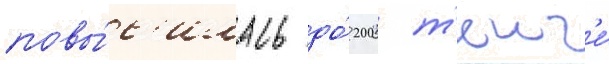
повы́с'илась до́ 200 т'енг'е́